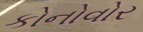
કોનોવોર